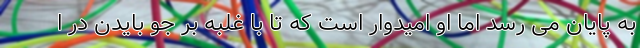
به پایان می رسد اما او امیدوار است که تا با غلبه بر جو بایدن در ا